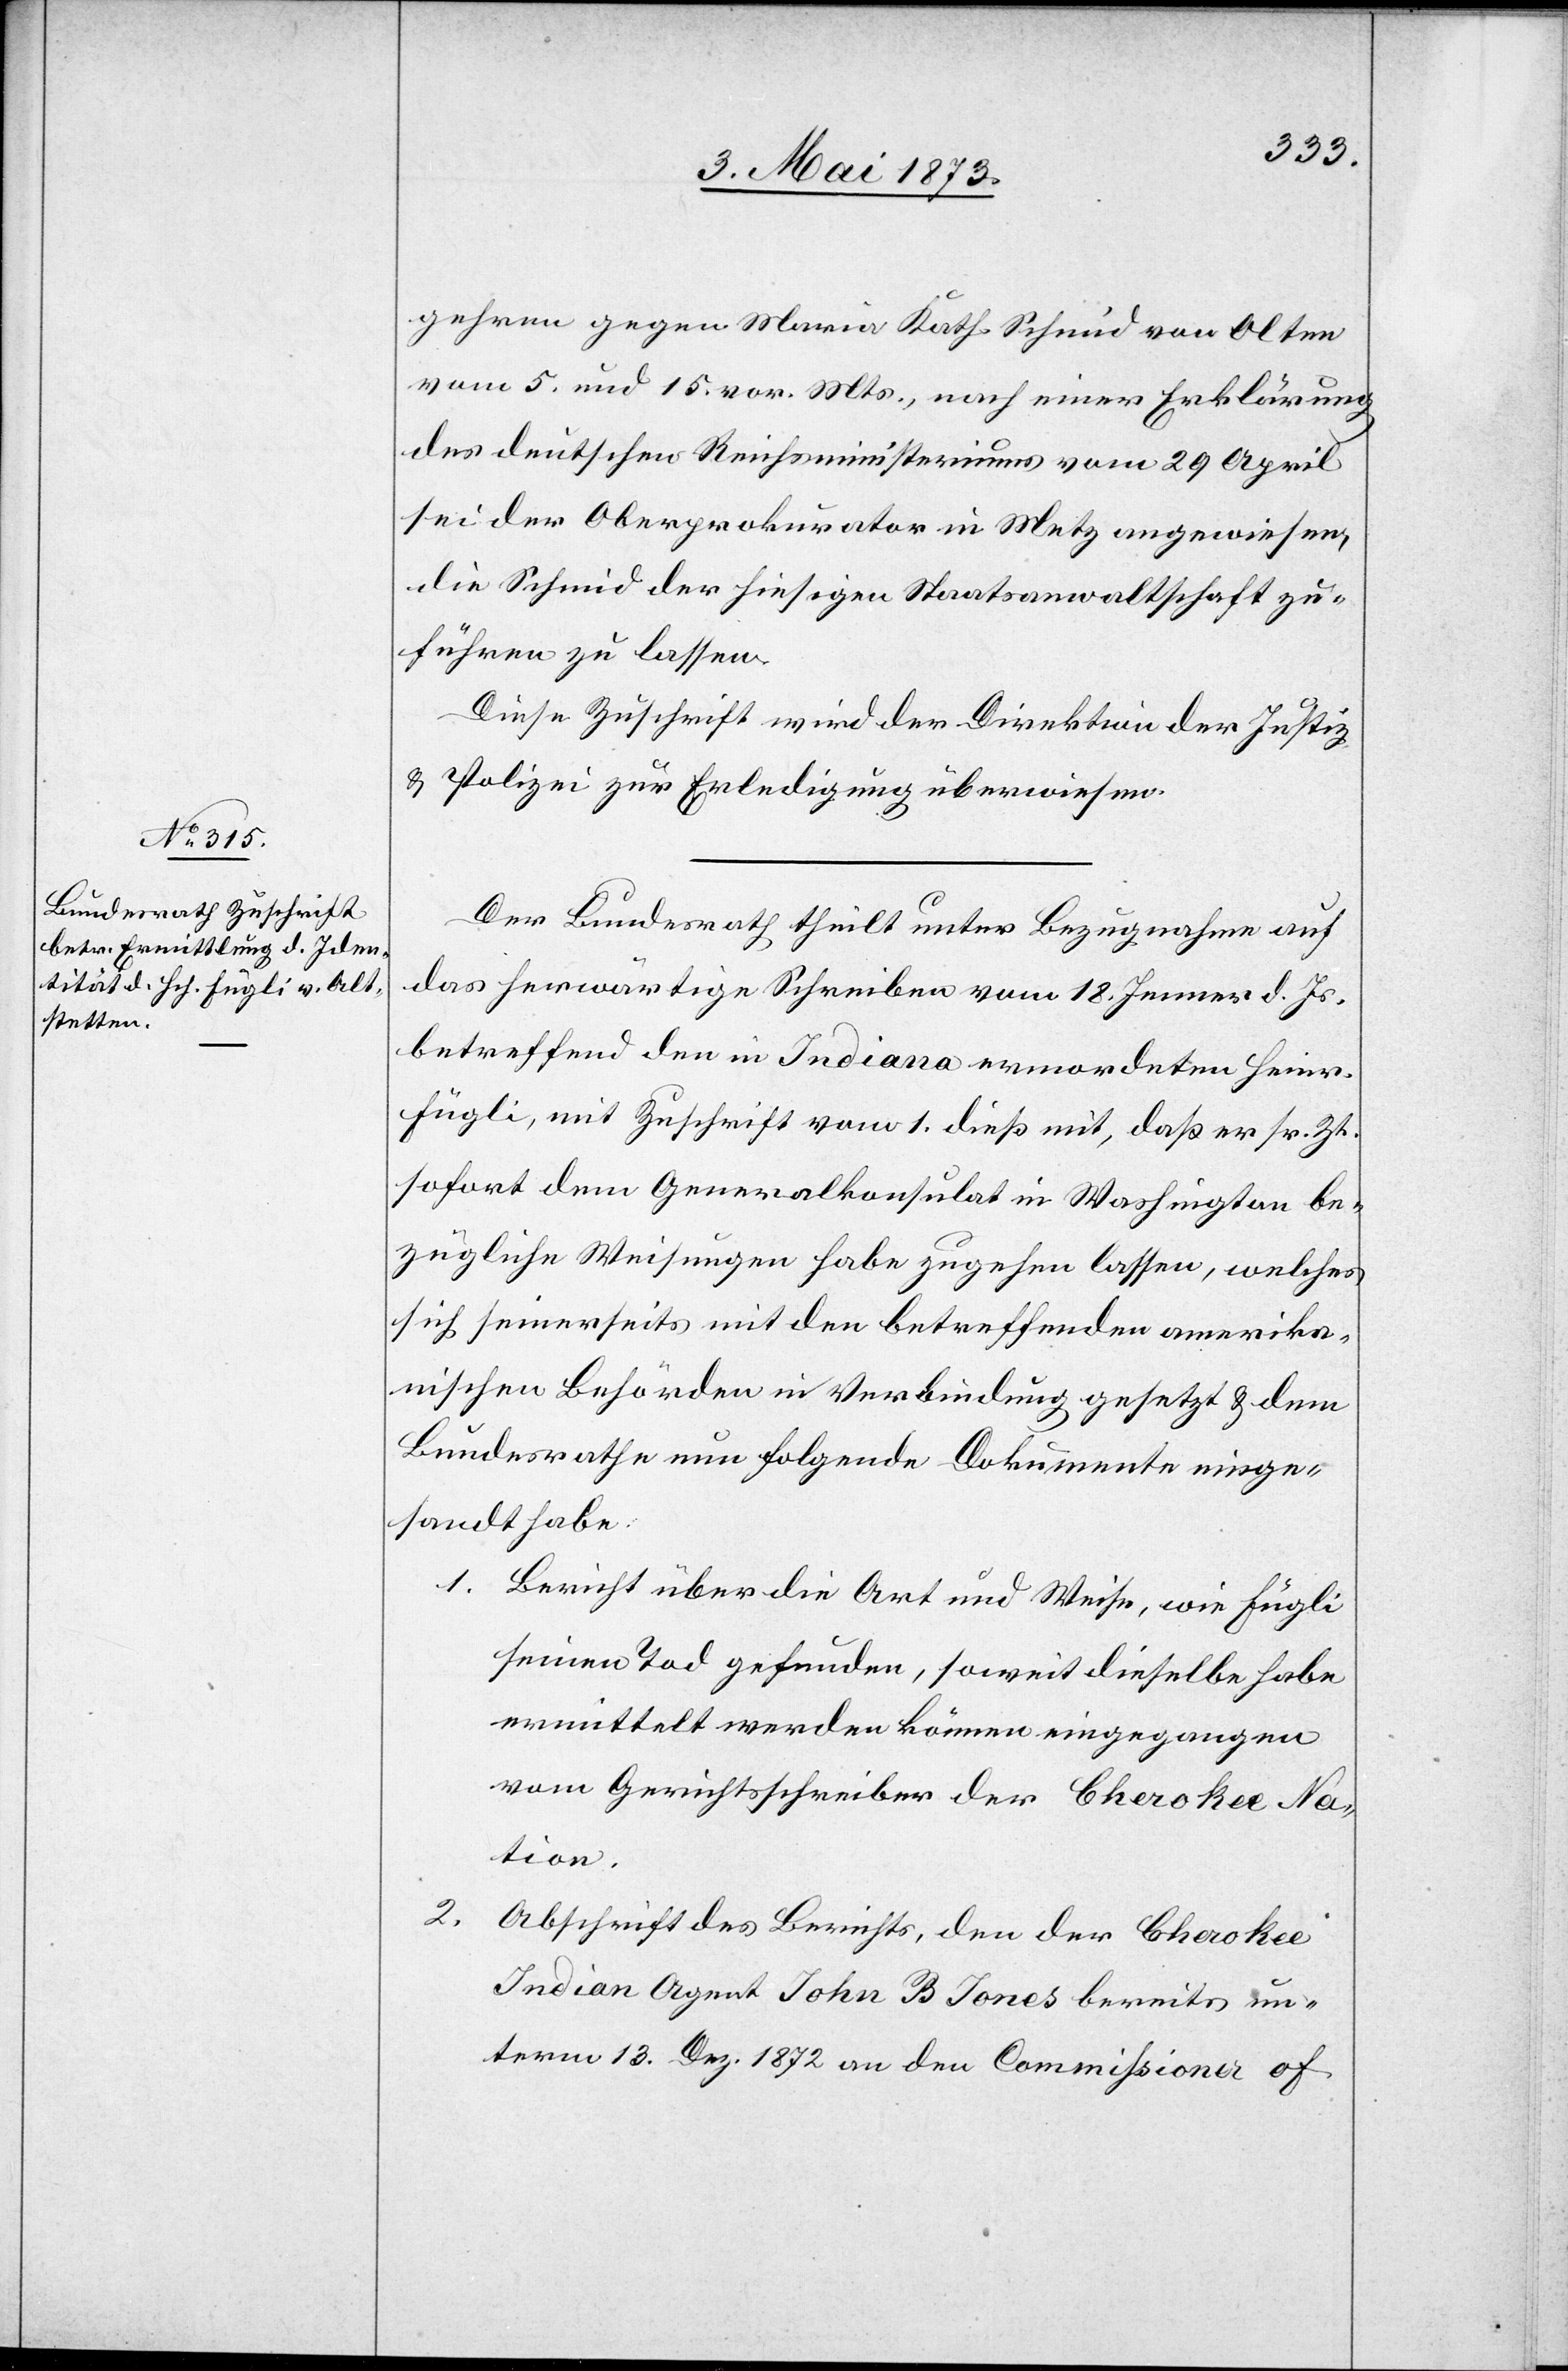
6. Mai 1873.]
gehren gegen Maria Kath. Schmid von Olten
vom 5. und 15. vor. Mts., nach einer Erklärung
des deutschen Reichsministeriums vom 29 April
sei der Oberprokurator in Metz angewiesen,
die Schmid der hiesigen Staatsanwaltschaft zu¬
führen zu lassen.
Diese Zuschrift wird der Direktion der Justiz
& Polizei zur Erledigung überwiesen.
Der Bundesrath theilt unter Bezugnahme auf
das herwärtige Schreiben vom 18. Jenner d. Js.
betreffend den in Indiana ermordeten Heinr.
Fügli, mit Zuschrift vom 1. dieß mit, daß er sr. Zt.
sofort dem Generalkonsulat in Washington be¬
zügliche Weisungen habe zugehen lassen, welches
sich seinerseits mit den betreffenden amerika¬
nischen Behörden in Verbindung gesetzt & dem
Bundesrathe nun folgende Dokumente einge¬
sandt habe:
1. Bericht über die Art und Weise, wie Fügli
seinen Tod gefunden, soweit dieselbe habe
ermittelt werden können eingegangen
vom Gerichtsschreiber der Cherokee Na¬
tion.
2.
Abschrift des Berichts, den der Cherokee
Indian Agent John B Jones bereits un¬
term 13. Dez. 1872 an den Commißioner of